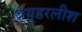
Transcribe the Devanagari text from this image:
ब्र्युडरलीश